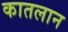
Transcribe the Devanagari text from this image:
कातलान